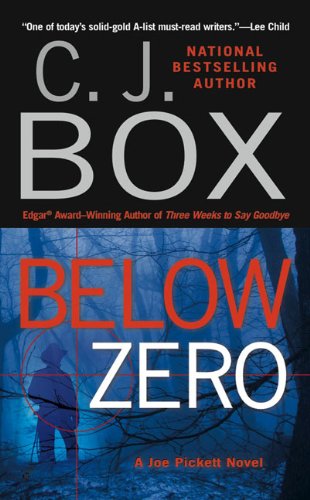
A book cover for Below Zero (A Joe Pickett Novel); C. J. Box; Literature & Fiction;